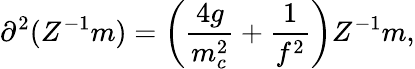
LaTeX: \partial^{2}(Z^{-1}m)=\left(\frac{4g}{m_{c}^{2}}+\frac{1}{f^{2}}\right)Z^{-1}m,